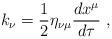
LaTeX: \begin{align*}k_\nu=\frac{1}{2}\eta_{\nu\mu}\frac{dx^\mu}{d\tau}\,\,,\end{align*}